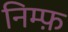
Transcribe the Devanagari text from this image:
निम्फ़